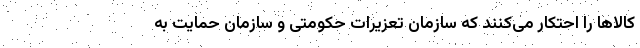
کالاها را احتکار می‌کنند که سازمان تعزیرات حکومتی و سازمان حمایت به